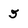
Character: 5